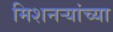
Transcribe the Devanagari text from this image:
मिशनऱ्यांच्या